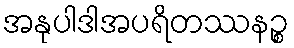
အနုပါဒါအပရိတဿနဉ္စ